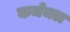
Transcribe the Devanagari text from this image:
कर्ममल